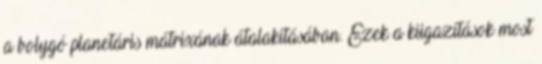
a bolygó planetáris mátrixának átalakításában. Ezek a kiigazítások most